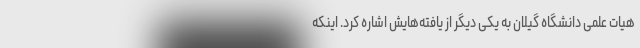
هیات علمی دانشگاه گیلان به یکی دیگر از یافته‌هایش اشاره کرد. اینکه